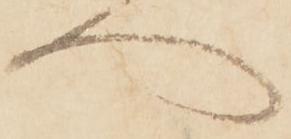
へ